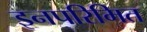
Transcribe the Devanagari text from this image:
इनपरिमित